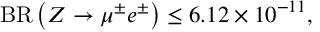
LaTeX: { \mathrm { B R } } \left( Z \to \mu ^ { \pm } e ^ { \pm } \right) \le 6 . 1 2 \times 1 0 ^ { - 1 1 } ,